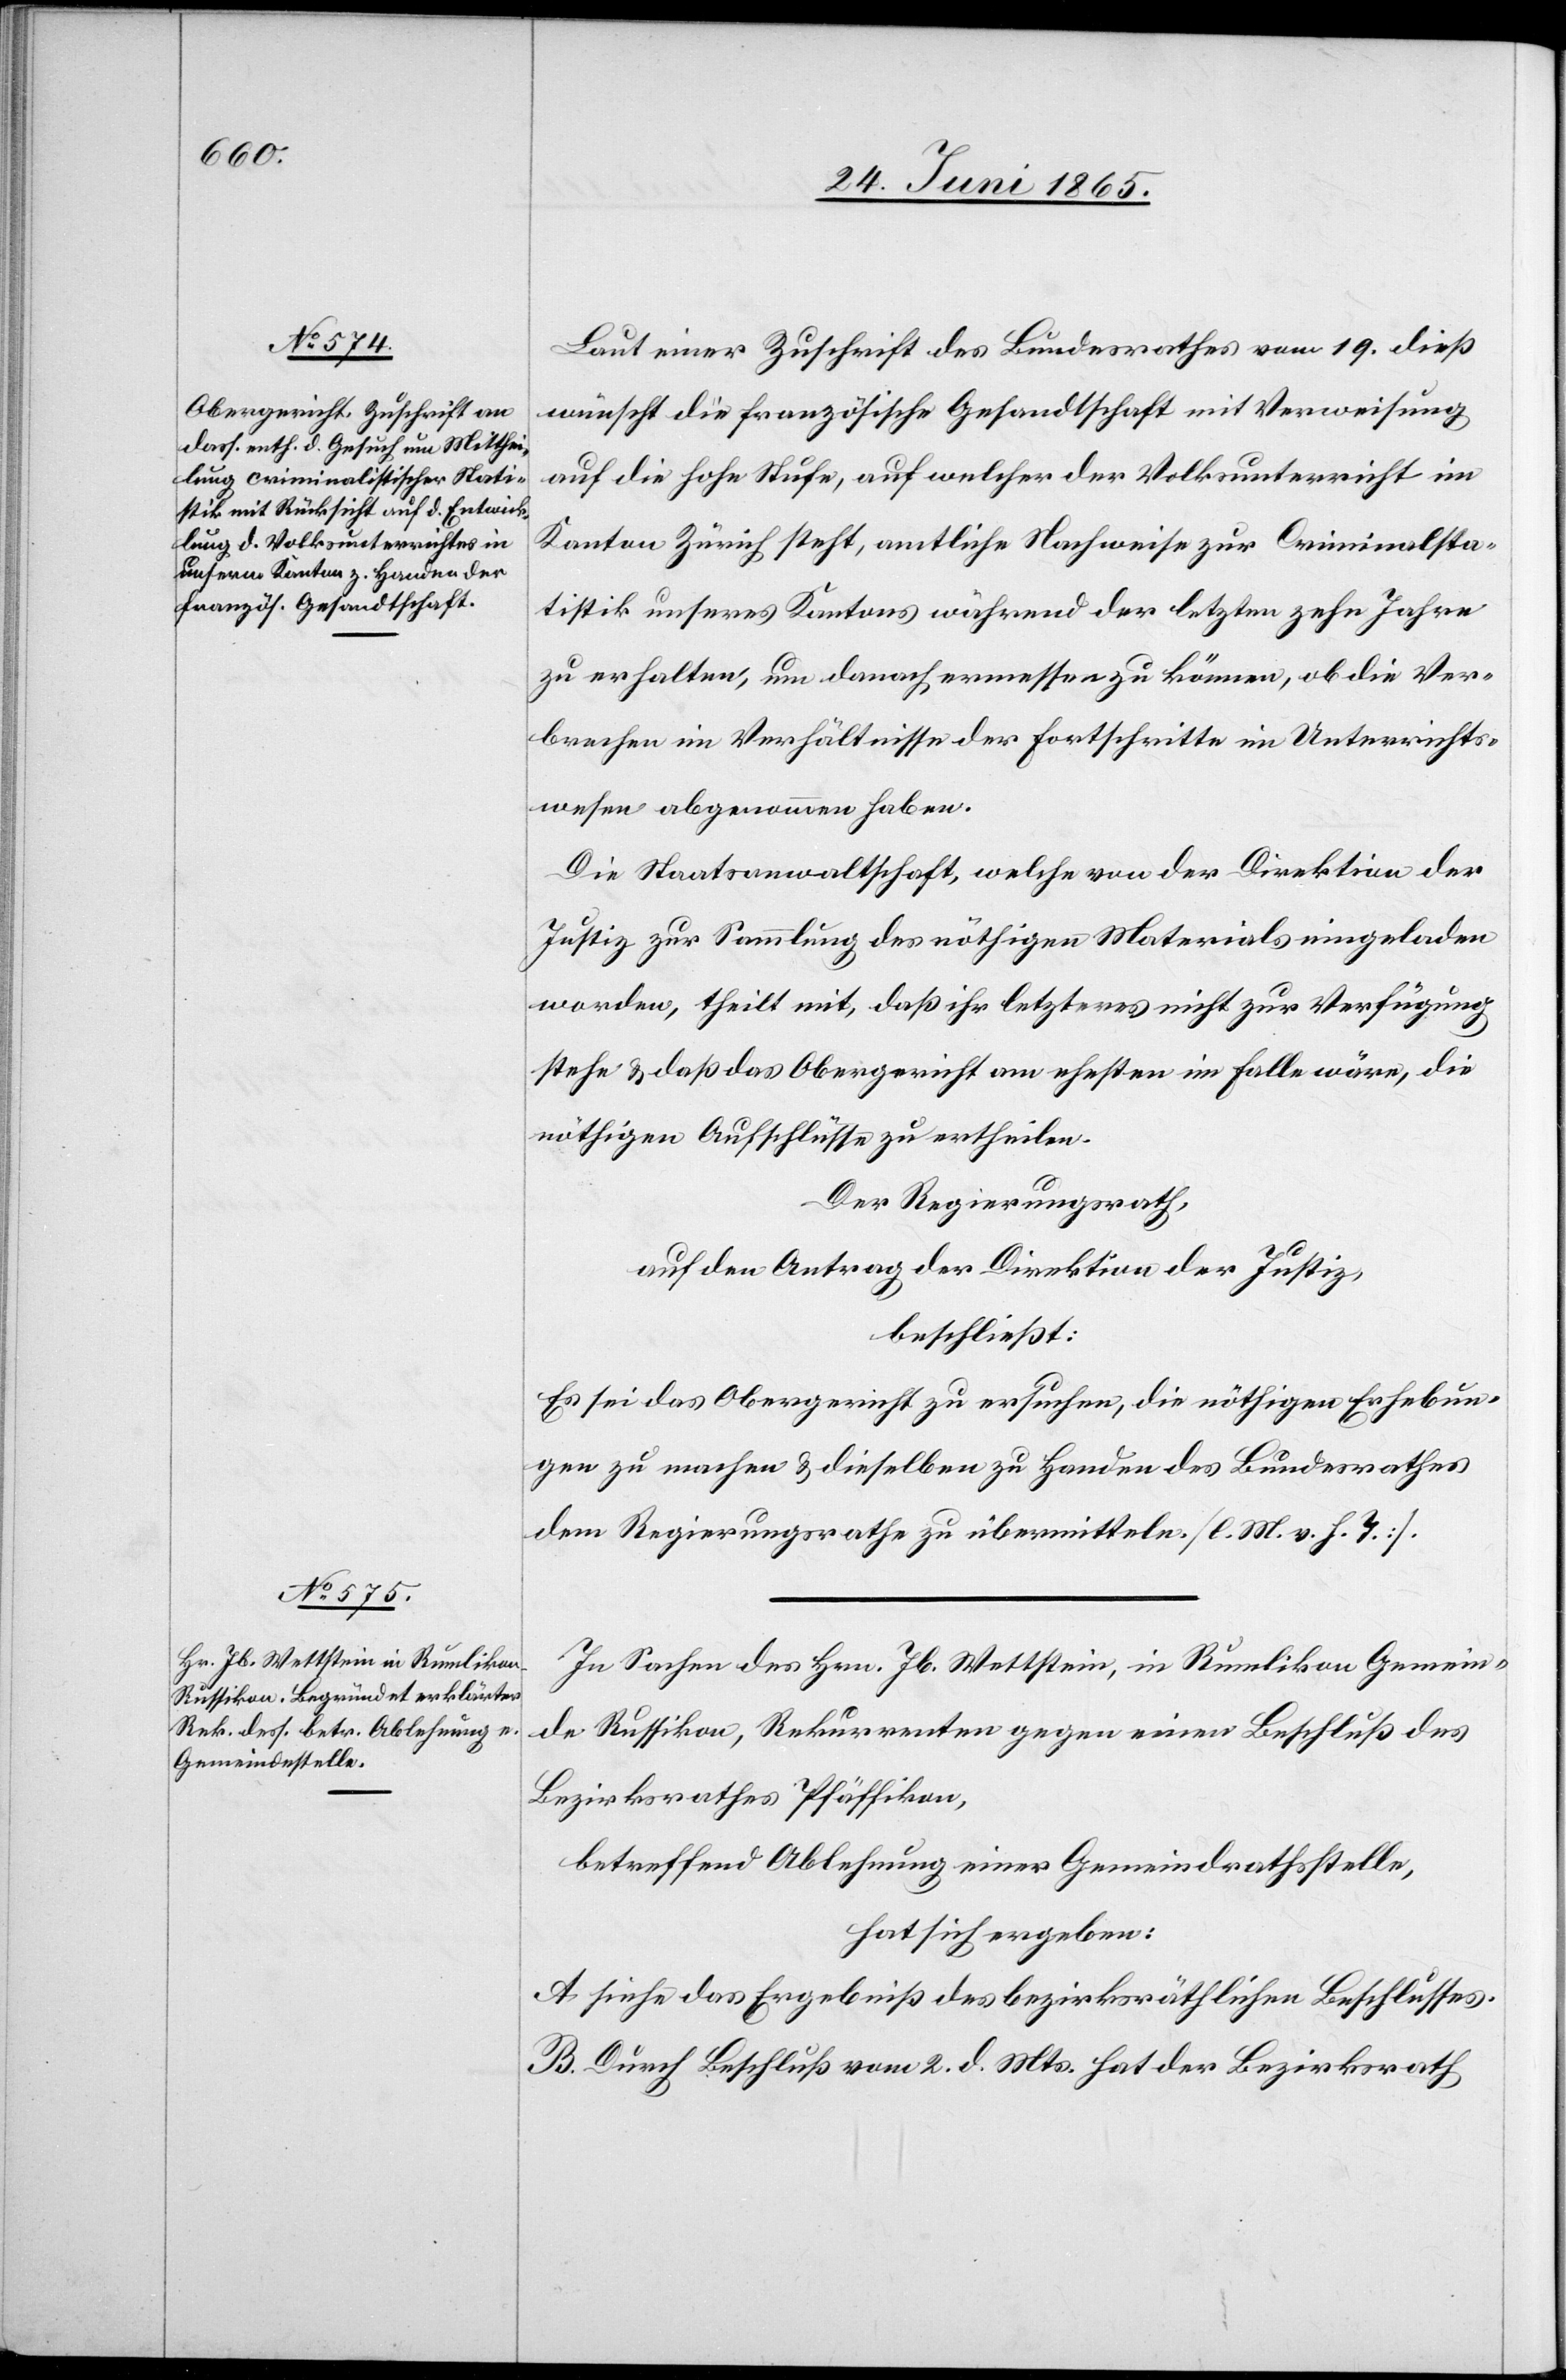
Laut einer Zuschrift des Bundesrathes vom 19. dieß
wünscht die französische Gesandtschaft mit Verweisung
auf die hohe Stufe, auf welcher der Volksunterricht im
Kanton Zürich steht, amtliche Nachweise zur Criminalsta¬
tistik unseres Kantons während der letzten zehn Jahre
zu erhalten, um danach ermessen zu können, ob die Ver¬
brechen im Verhältnisse der Fortschritte im Unterrichts¬
wesen abgenommen haben.
Die Staatsanwaltschaft, welche von der Direktion der
Justiz zur Sammlung des nöthigen Materials eingeladen
worden, theilt mit, daß ihr letzteres nicht zur Verfügung
stehe & daß das Obergericht am ehesten im Falle wäre, die
nöthigen Aufschlüsse zu ertheilen.
In Sachen des Hrn. Jb. Wettstein, in Rumlikon Gemein¬
de Russikon, Rekurrenten gegen einen Beschluß des
Bezirksrathes Pfäffikon,
betreffend Ablehnung einer Gemeindrathsstelle,
hat sich ergeben:
A siehe das Ergebniß des bezirksräthlichen Beschlusses.
B. Durch Beschluß vom 2. d. Mts. hat der Bezirksrath